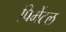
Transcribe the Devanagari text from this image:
पिमेंटल